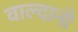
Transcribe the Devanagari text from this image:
वाल्दानो